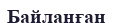
Байланған